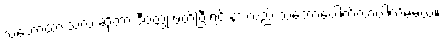
သဘောထားသလဲ ဆိုတာ ဒီဝတ္ထု ဖတ်ပြီးရင် နားလည် သဘောပေါက်လာပါလိမ့်မယ်။